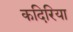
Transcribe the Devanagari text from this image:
कदिरिया